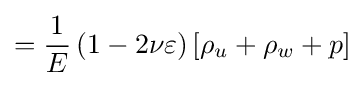
={\frac {1}{E}}\left(1-2\nu \varepsilon \right)\left[\rho _{u}+\rho _{w}+p\right]